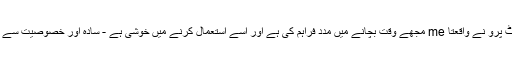
کاپی پیسٹ پرو نے واقعتا me مجھے وقت بچانے میں مدد فراہم کی ہے اور اسے استعمال کرنے میں خوشی ہے - سادہ اور خصوصیت سے مالا مال۔